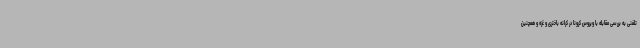
تلفنی به بررسی مقابله با ویروس کرونا در کرانه باختری و غزه و همچنین